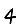
Digit: 4